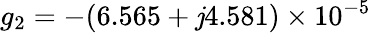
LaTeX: g_{2}=-(6.565+\mathit{j}4.581)\times10^{-5}